Report on vaccination North-West Frontier Province 1904-1922 - 1904-1922
Year: 1904
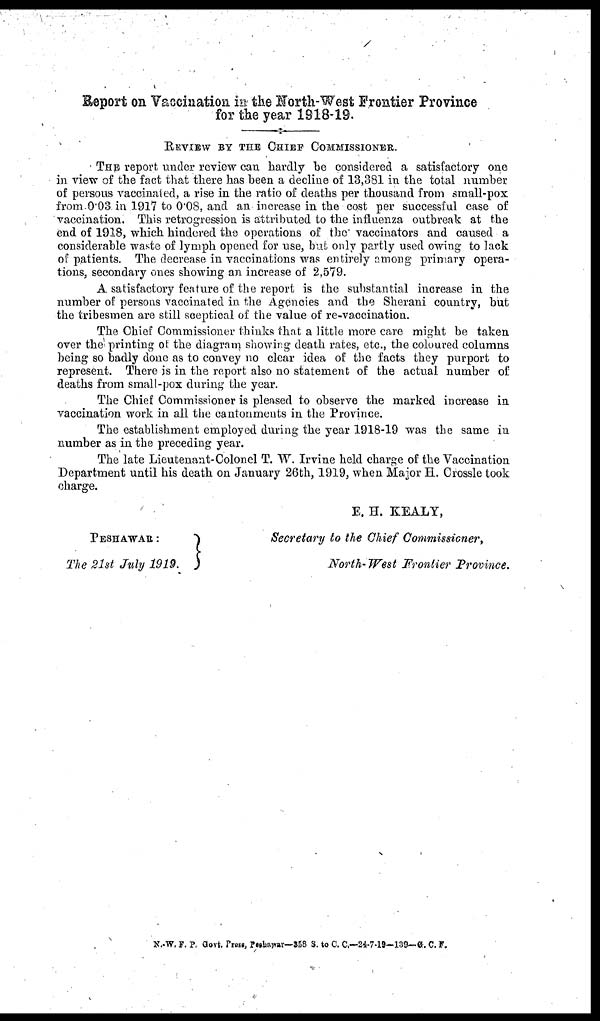
Report on Vaccination in the North-West Frontier Province
for the year 1918-19.
REVIEW BY THE CHIEF COMMISSIONER.
THE report under review can hardly be considered a satisfactory one
in view of the fact that there has been a decline of 13,381 in the total number
of persous vaccinated, a rise in the ratio of deaths per thousand from small-pox
from 0.03 in 1917 to 0.08, and an increase in the cost per successful case of
vaccination. This retrogression is attributed to the influenza outbreak at the
end of 1918, which hindered the operations of the vaccinators and caused a
considerable waste of lymph opened for use, but only partly used owing to lack
of patients. The decrease in vaccinations was entirely among primary opera-
tions, secondary ones showing an increase of 2,579.
A satisfactory feature of the report is the substantial increase in the
number of persons vaccinated in the Agencies and the Sherani country, but
the tribesmen are still sceptical of the value of re-vaccination.
The Chief Commissioner thinks that a little more care might be taken
over the printing of the diagram showing death rates, etc., the coloured columns
being so badly done as to convey no clear idea of the facts they purport to
represent. There is in the report also no statement of the actual number of
deaths from small-pox during the year.
The Chief Commissioner is pleased to observe the marked increase in
vaccination work in all the cantonments in the Province.
The establishment employed during the year 1918-19 was the same in
number as in the preceding year.
The late Lieutenant-Colonel T. W. Irvine held charge of the Vaccination
Department until his death on January 26th, 1919, when Major H. Crossle took
charge.
PESHAWER :
The 21st July 1919.
E. H. KEALY,
Secretary to the Chief Commissioner,
North- West Frontier Province.
N.-W. F. P. Govt. Press, Peshawar—358 S. to C. C.—24-7-19-139—G. C. F.